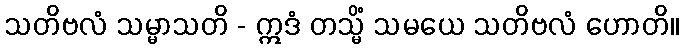
သတိဗလံ သမ္မာသတိ - ဣဒံ တသ္မိံ သမယေ သတိဗလံ ဟောတိ။